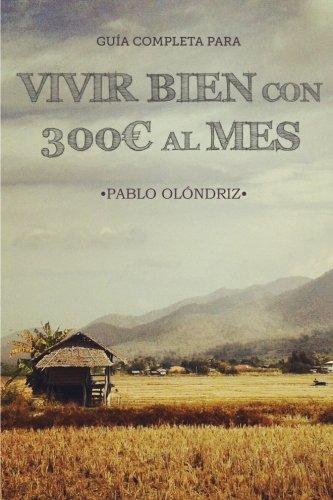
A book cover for Vivir bien con 300 al Mes: CÃ³mo vivir tu SueÃ±o de Viajar barato por el Mundo y empezar en tan sÃ³lo un Mes (Spanish Edition); Pablo OlÃ³ndriz; Travel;